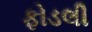
ફોડલી